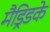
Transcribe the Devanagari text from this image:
मैड्रिडके